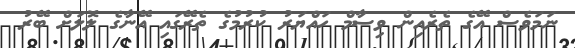
ނަމަވެސް އޭގެ ތެރެއިން ވިސާމް ހައްޔަރު ކުރުމުގެ ތެރޭގައި އޭނާގެ ލޮލަށް ބޭރު